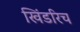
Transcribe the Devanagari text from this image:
खिंडरिच